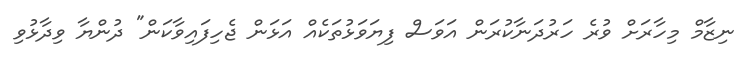
ނިޒާމް މިހާރަށް ވުރެ ހަރުދަނާކުރަން އަވަސް ފިޔަވަޅުތަކެއް އަޅަން ޖެހިފައިވާކަން" ދުންޔާ ވިދާޅުވި